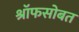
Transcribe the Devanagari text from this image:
श्रॉफसोबत